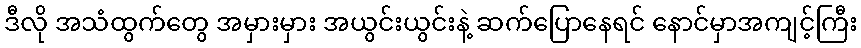
ဒီလို အသံထွက်တွေ အမှားမှား အယွင်းယွင်းနဲ့ ဆက်ပြောနေရင် နောင်မှာအကျင့်ကြီး